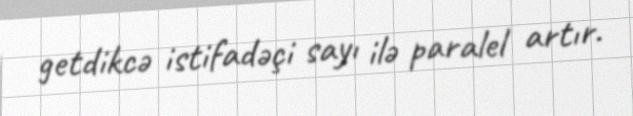
getdikcə istifadəçi sayı ilə paralel artır.